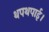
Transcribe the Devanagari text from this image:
थपथपाई।